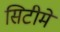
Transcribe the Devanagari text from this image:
सिटीमें